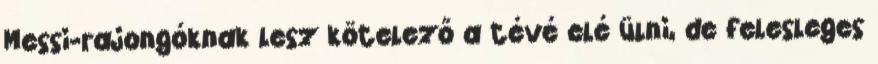
Messi-rajongóknak lesz kötelező a tévé elé ülni, de felesleges